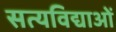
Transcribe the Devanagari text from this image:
सत्यविद्याओं